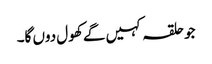
جو حلقہ کہیں گے کھول دوں گا۔